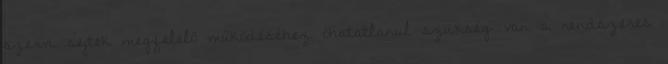
szervi sejtek megfelelő működéséhez óhatatlanul szükség van a rendszeres